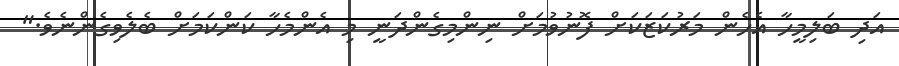
އަދި ބަލިމީހާ އެހެން މަރުކަޒަކަށް ފޮނުވުމަށް ނިންމިގެންދަނީ މި އެންމެހާ ކަންކަމަށް ބެލެވިގެންނެވެ."